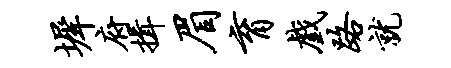
墀府揖眉育戏路就